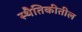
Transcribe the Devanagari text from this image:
स्थैतिकीतील